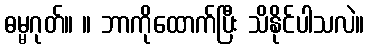
ဓမ္မဂုတ်။ ။ ဘာကိုထောက်ပြီး သိနိုင်ပါသလဲ။